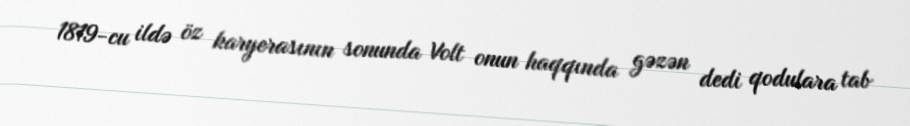
1819-cu ildə öz karyerasının sonunda Volt onun haqqında gəzən dedi qodulara tab